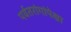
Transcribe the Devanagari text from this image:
पर्वतरांगांपेक्षा